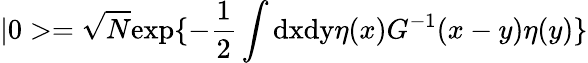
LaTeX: |0>=\sqrt N\mathrm{exp}\{ -\frac{1}{2}\int\mathrm{dxdy}\eta(x)G^{-1}(x-y)\eta(y)\}